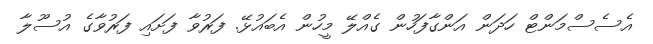
އެސެސްމަންޓް ހަދަން އަންގާފަހުން ގެއްލޭ މީހުން އެބައުޅޭ. ފަރުވާ ފަށައި ފަރުވާގެ އުސޫލާ